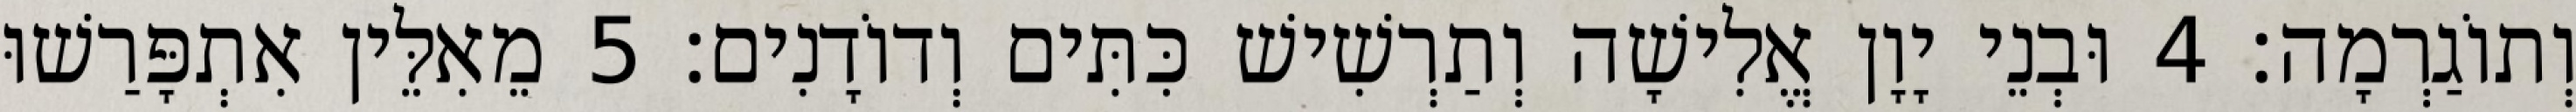
וְתוֹגַרְמָה׃ 4 וּבְנֵי יָוָן אֱלִישָׁה וְתַרְשִׁישׁ כִּתִּים וְדוֹדָנִים׃ 5 מֵאִלֵּין אִתְפָּרַשׁוּ